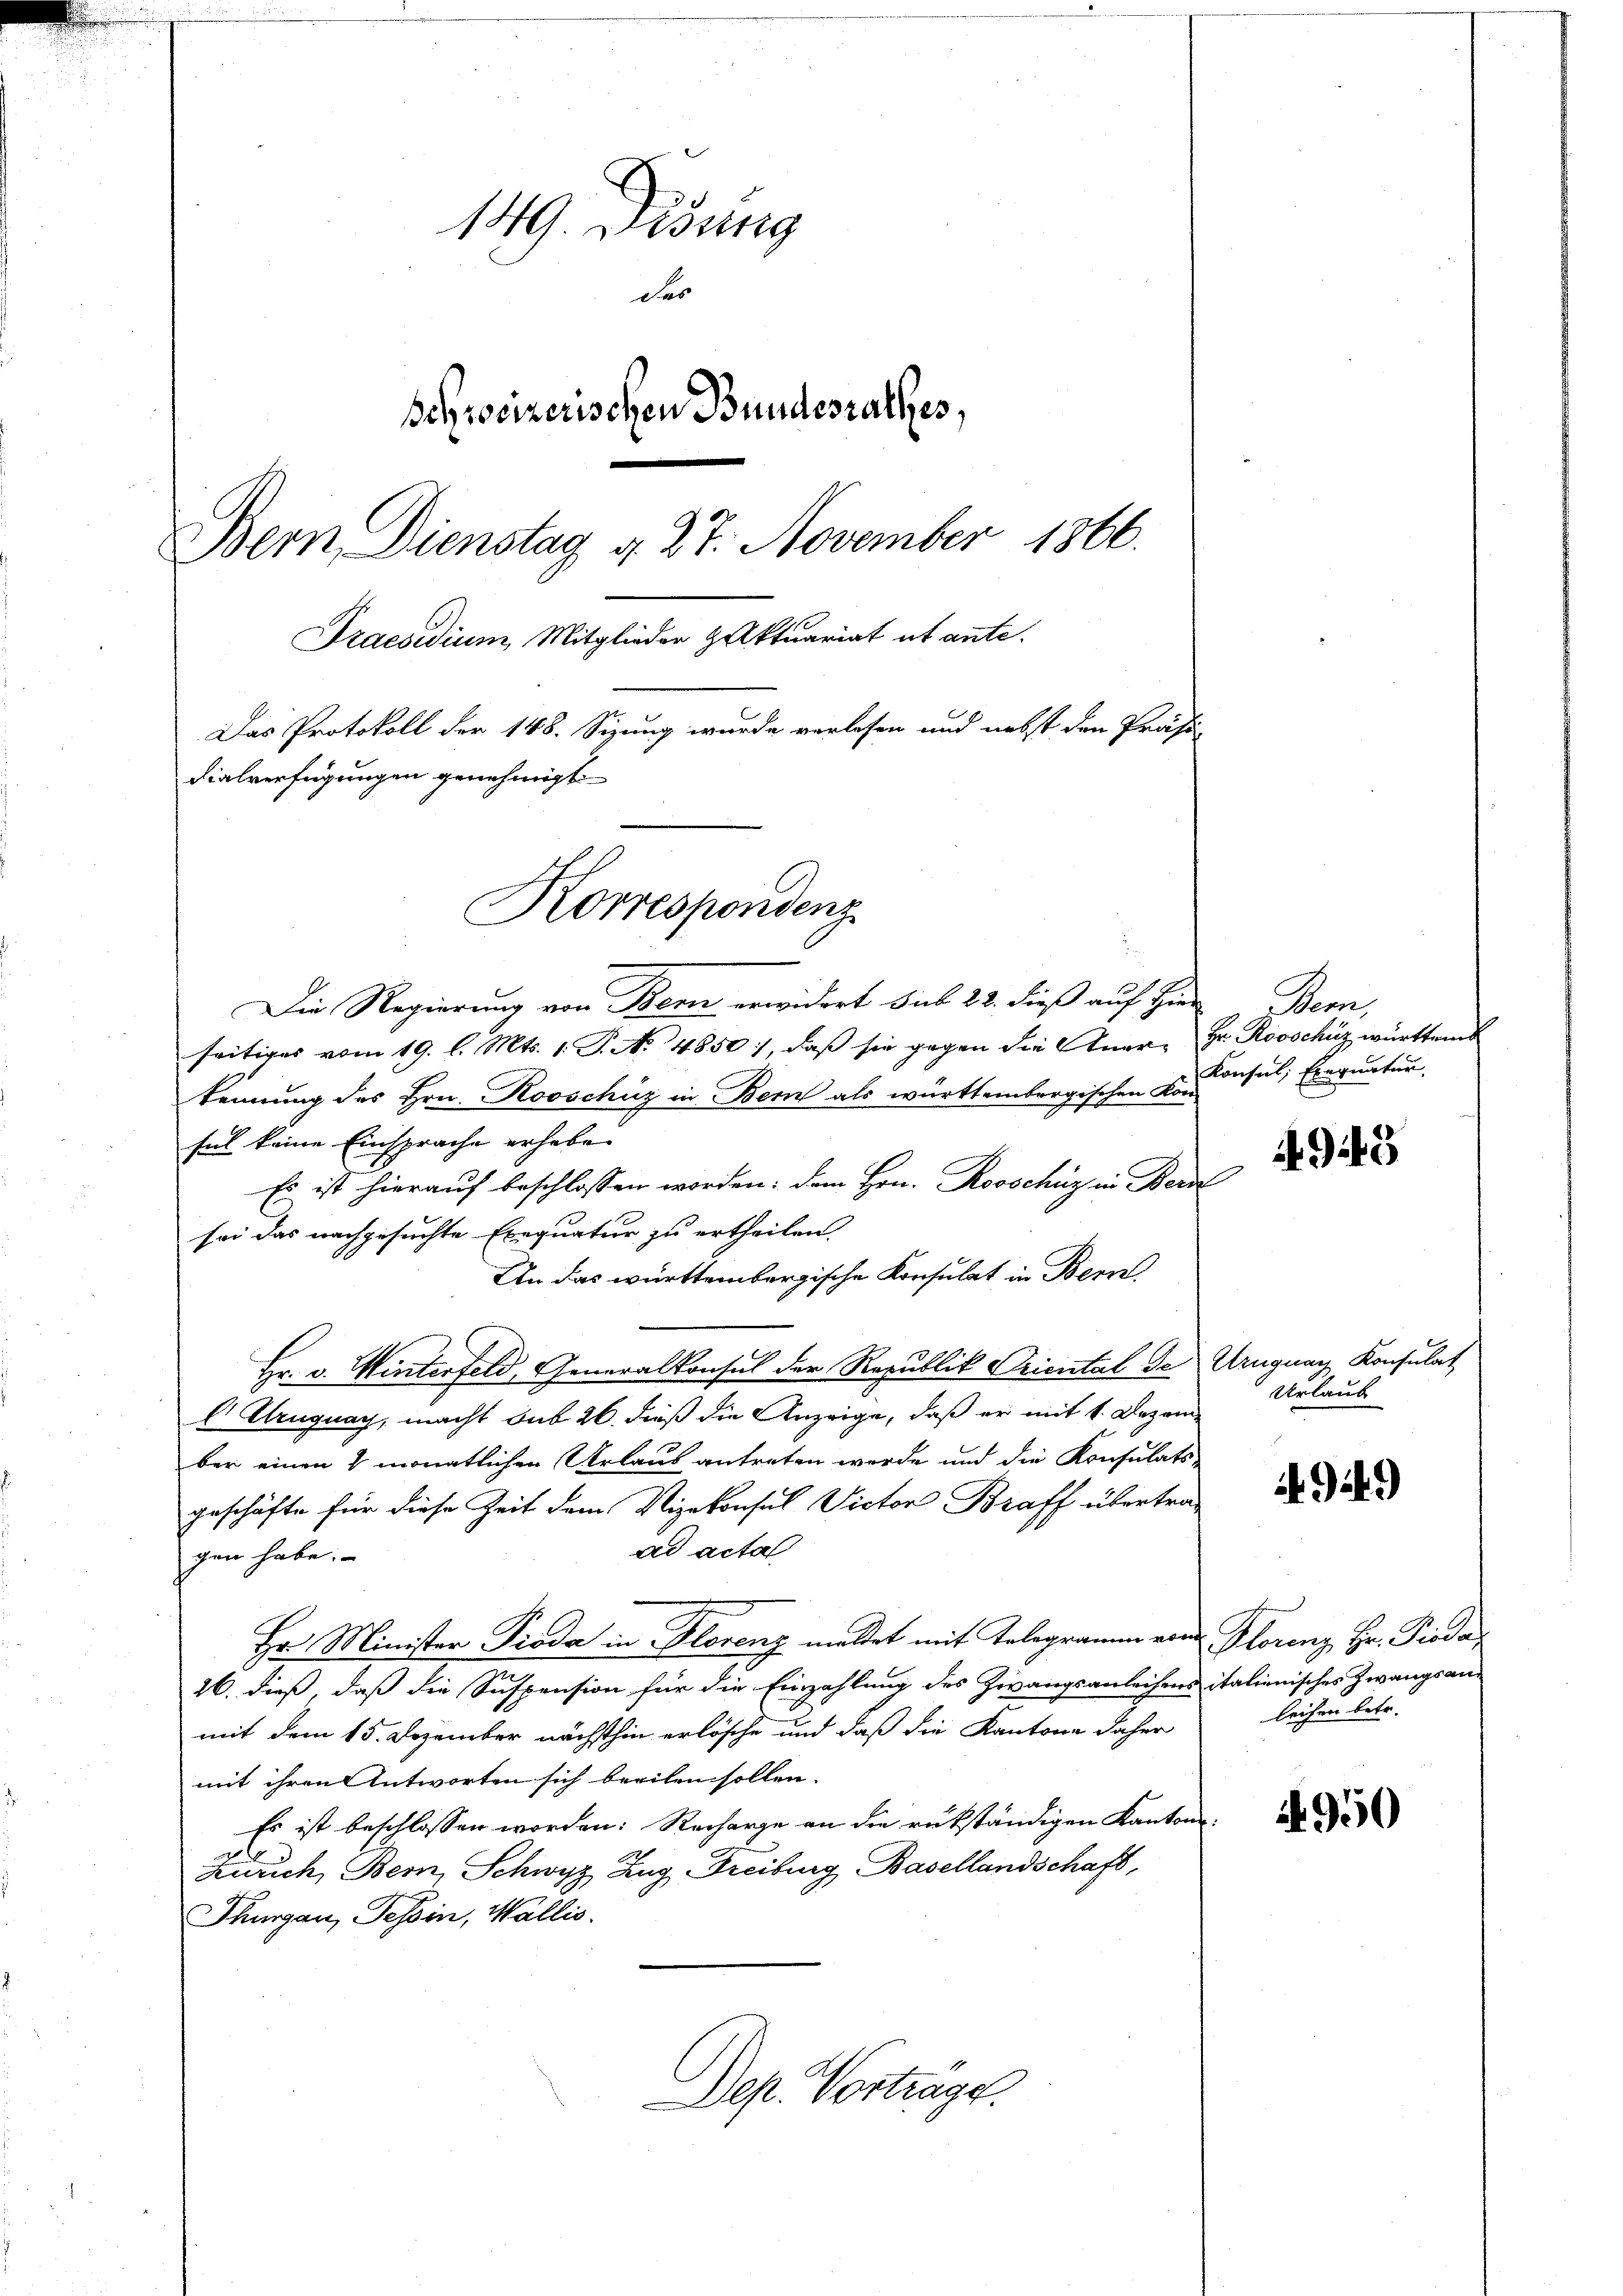
149. Disung
des
Schreizerischen Bundesrathes,
Bem Dienstag 4. 27. November 1866.
Praesidium Mitglieder Aktuariat ut ante.
Das Protokoll der 148. Sizung wurde verlesen und nebst den Präsi-
dialverfügungen genehmigt.
Korrespondenz

Die Regierung von Bern erwidert sub 22. dieß auf Hier Bern,
seitiges vom 19. l. Mts. 1. J. No 4850), daß sie gegen die Aner- Hr. Rooschüz württem
kennung des Hrn. Kooschüz in Bern als württembergischen Kon-
sel keine Einsprache erheben
Es ist hierauf beschlossen worden: dem Hrn. Rosschüz in Berd
sei das nachgesuchte Exequatur zu ertheilen.
An das württembergische Konsulat in Bern
Hr. v. Winterfeld, Generalkonsul der Republik Oriental de Uruguay Konsulat
 Uruguay, macht sub 26. dieß die Anzeige, daß er mit 1. Dezem-
ber einen 8 monatlichen Urlaus antreten werde und die Konsulats-
geschäfte für diese Zeit dem Vizekonsul Victor Braff übertraad acta
gen habe.
Hr. Minister Pioda in Florenz mittet mit Telegramm von Florenz, Hr. Pioda,
26. dieß, daß die Suspension für die Einzahlung des Zwangsanleihens italienisches Zwangsanmit dem 15. Dezember nächsthin erlösche und daß die Kantone daher
mit ihren Antworten sich beeilen sollen.
Es ist beschlossen worden: Recharge an die rükständigen Kanton
Zürich, Bern, Schwyz, Zug, Freiburg Basellandschaft,
Thurgau, Tessin, Wallis.
Dep. Vorträge.

Konsul, Exequatur

4949

Urlaub

4949

leichen betr.

4950